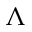
\Lambda